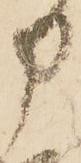
申